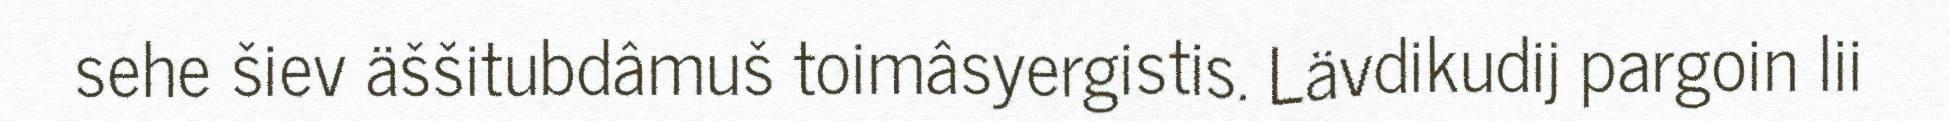
sehe šiev äššitubdâmuš toimâsyergistis. Lävdikudij pargoin lii